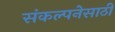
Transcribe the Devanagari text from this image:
संकल्पनेसाठी